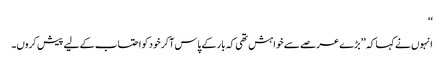
‘‘
انہوں نے کہا کہ ’’بڑے عرصے سے خواہش تھی کہ بار کے پاس آکر خود کو احتساب کے لیے پیش کروں۔